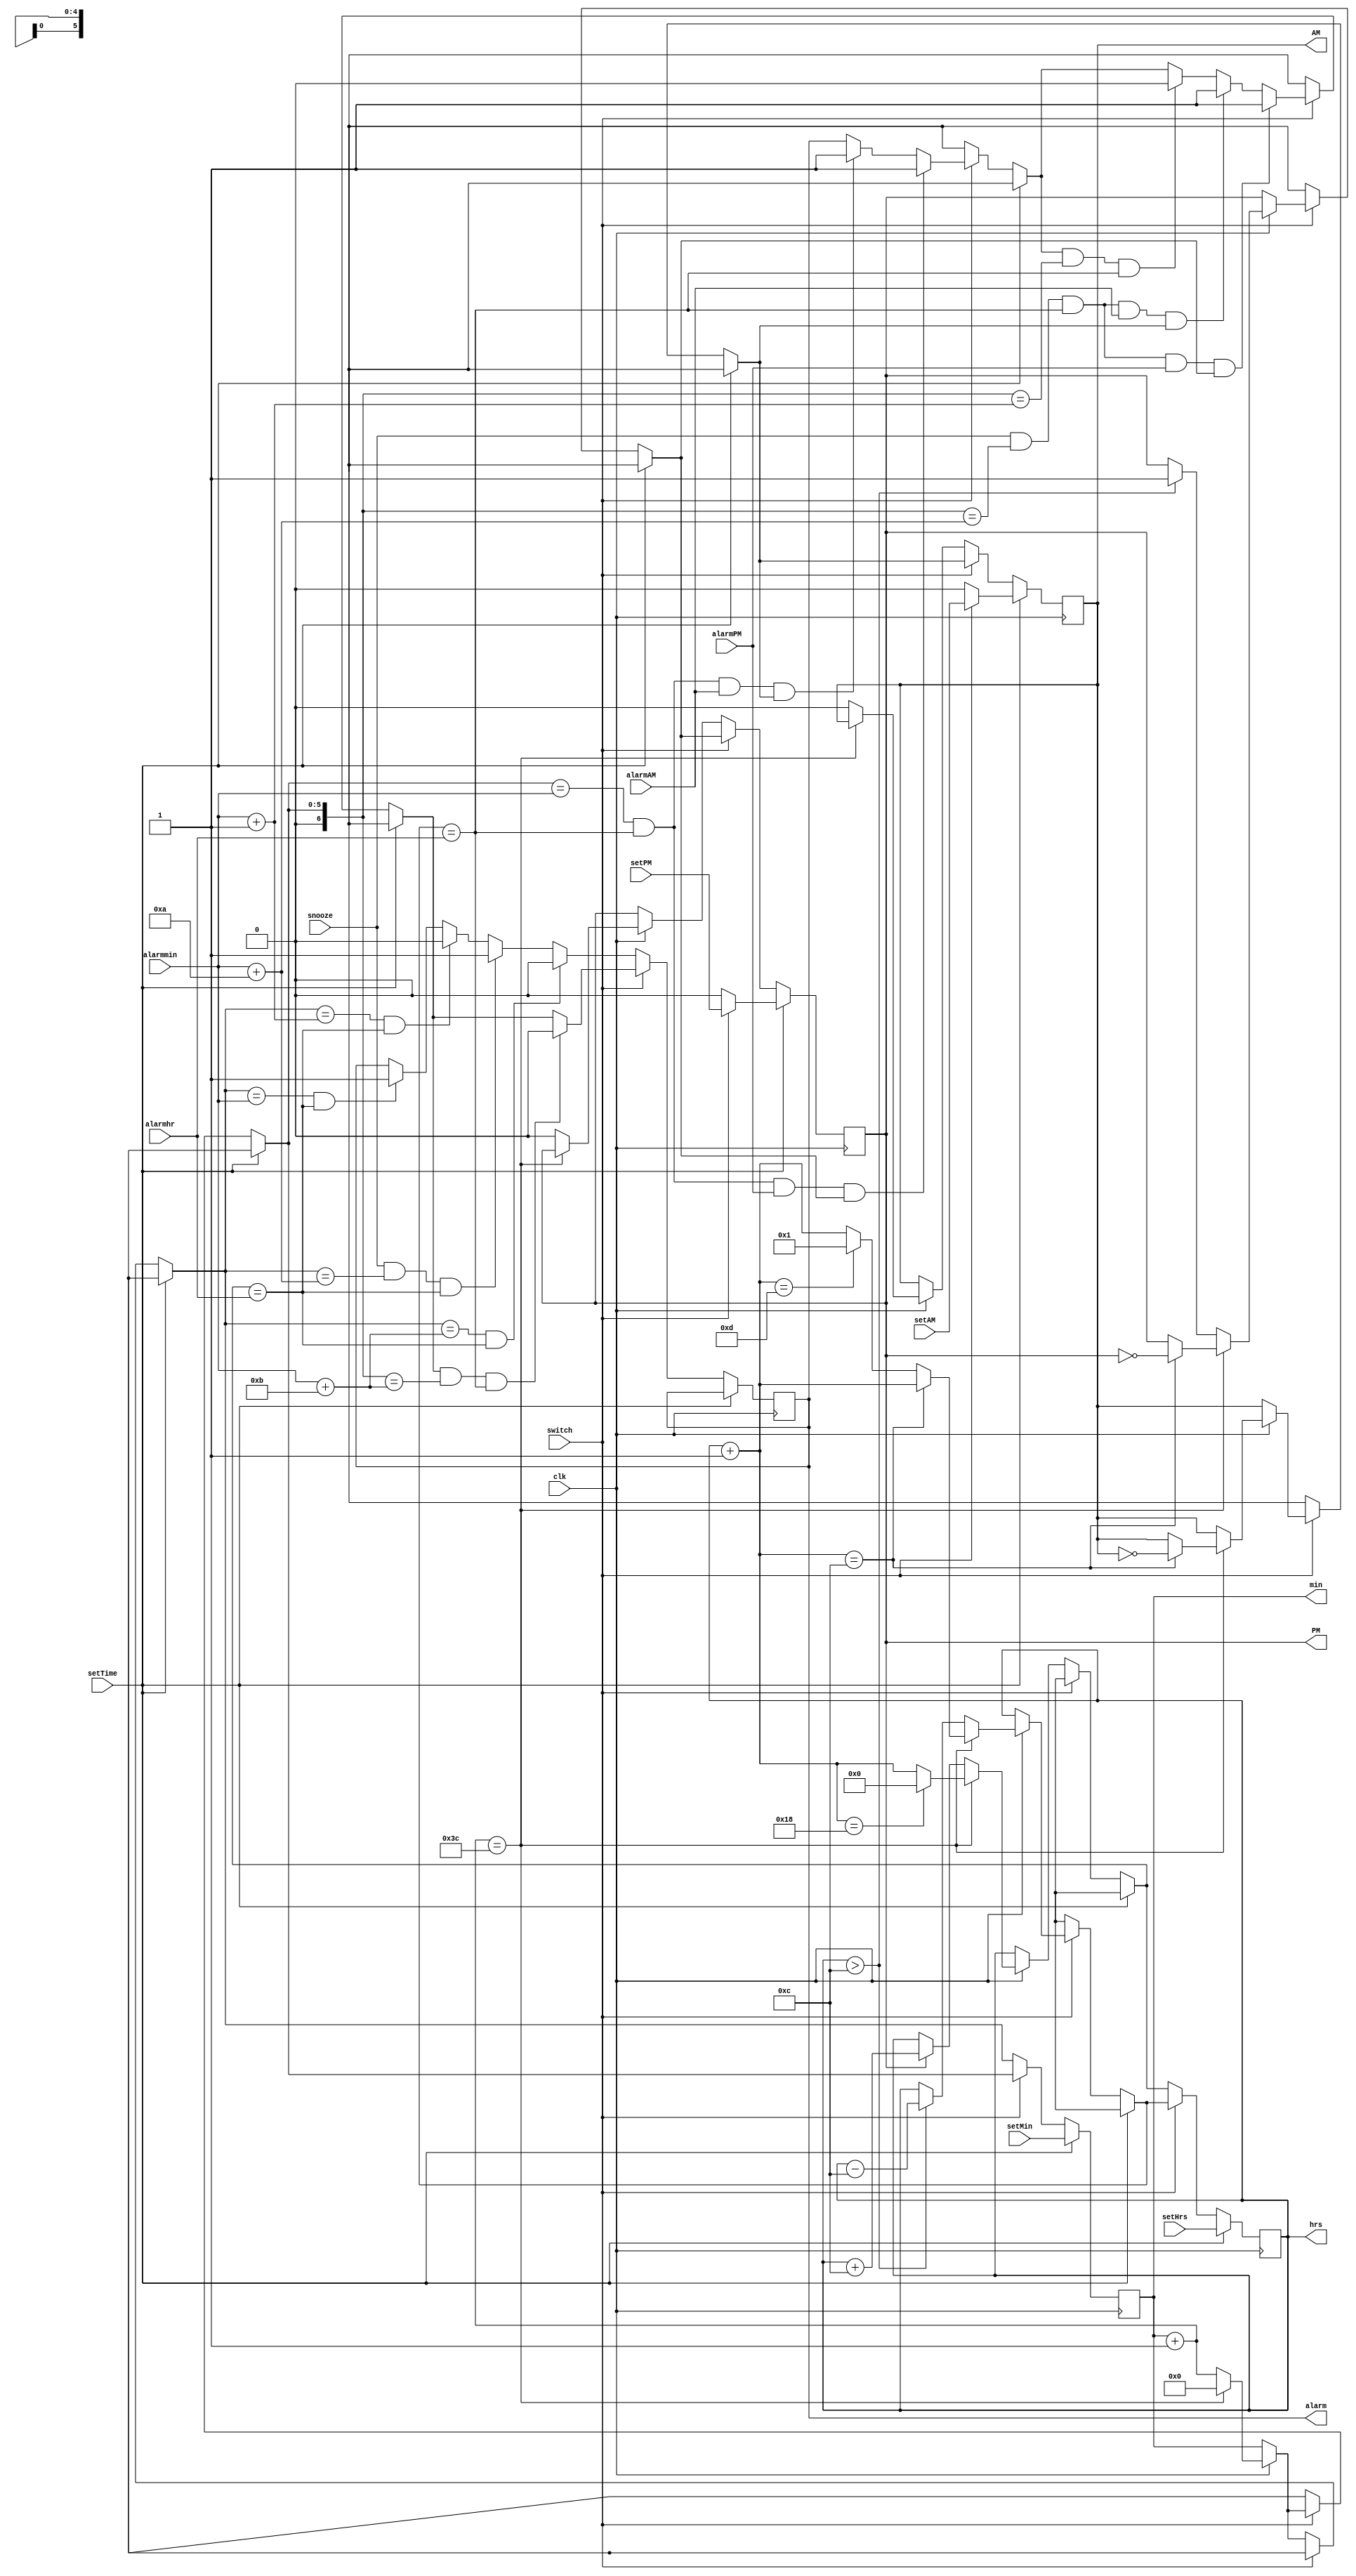
module Advanced_DigitalClock(AM, PM, min, hrs, clk, switch, setTime, setAM, setPM, setMin, setHrs, alarmhr, alarmmin, alarm, alarmPM, alarmAM, snooze);

input clk;
input switch; //Switch between 12- and 24-hour clock

//User input to set the time/alarm
input wire[5:0] setMin;
input wire[4:0] setHrs;
input wire setAM;
input wire setPM;
input setTime;
input [4:0]alarmhr;
input [5:0]alarmmin;
input alarmPM;
input alarmAM;
input snooze;

output reg[5:0] min;
output reg[4:0] hrs;
output reg AM, PM; //LEDs that will light up for 12-hour clock
output reg alarm;

//Initial time
initial begin
min = 6'b000000;
hrs = 5'b00001;
alarm = 1'b0;
AM = 1'b1;
PM = 1'b0;
end

//Digital Clock
always @(posedge clk) begin
   if(setTime) begin //If setTime is 1, the user will set the time
      min = setMin;
      hrs = setHrs;
      if(switch) begin //If user puts switch to 1 they will set AM/PM
	 AM = setAM;
	 PM = setPM;
      end
      else if(~switch) begin //If user set switch to 0 then AM/PM LEDs are off
	 AM = 0;
	 PM = 0;
      end
   end
   else
   if(switch) begin //If switch is 1, its a 12-hour clock
      if(clk) begin
	 min = min + 1;
	 if(min == 60) begin //When minutes reach 59 reset to 0 and increment hour by 1
	    min = 0;
	    hrs = hrs + 1;
	    if(hrs == 12) begin //When the hour is twelve it'll swtich to PM from AM and vice versa
	       AM = ~AM;
	       PM = ~PM;
	    end
	    else if(hrs == 13) begin //When hour is 12 reset to 1
	       hrs = 1;
	    end
	 end
	 else if (hrs > 12) begin //If when switching from 0 to 1 hours is greater than 12
	    hrs = hrs - 12;       //Subtract 12 from the number to get the value for 12-hour clock
	    PM = 1;
	 end
      end
 // alarm for 12h -----------------------------------------------------------------------------------------
      if((min == alarmmin)&&(hrs==alarmhr)&&(alarmPM==1)&&(PM==1))begin // alarm for PM clock
	 alarm = 1;
      end
      else if((min == alarmmin)&&(hrs==alarmhr)&&(alarmAM==1)&&(AM==1))begin // alarm for AM clock
	 alarm = 1;
      end
      if((alarm==1)&&(min == alarmmin+1)&&(hrs==alarmhr))begin //after one minute stop the alarm
	 alarm = 0;
      end  

//snooze the alarm after 10min  -------------------------------------------------------------------------------
      if((snooze==1)&&(min == alarmmin+10)&&(hrs==alarmhr)&&(alarmPM==1)&&(PM==1))begin // snooze for one condiion
	 alarm = 1;
      end
      else if((snooze==1)&&(min == alarmmin+10)&&(hrs==alarmhr)&&(alarmAM==1)&&(AM==1))begin // snooze for another condtition
 	 alarm = 1;
      end
      if((alarm==1)&&(min == alarmmin+11)&&(hrs==alarmhr))begin //after one minute stop the alarm
	 alarm = 0;
      end  
   end
   else if(~switch) begin //If switch is 0, its a 24-hour clock
      if(clk) begin
	 min = min + 1;
	 if(min == 60) begin //When minutes reach 59 reset to 0 and increment hour by 1
	    min = 0;
	    hrs = hrs + 1;
	    if(hrs == 24) begin //When hour is 23 reset to 0
	       hrs = 0;
	    end
	 end
	 else if(PM == 1) begin //When switching from 12-hour clock, if it is PM then 12 must be added
	    hrs = hrs + 12;     //to the hours to remain the same time b/w 12- 24-hour clocks.
	    PM = 0; //Turn of AM/PM LEDs
	    AM = 0;
	 end
	 else if(AM == 1) begin //If switching from 12-hour and it is AM, the hour will be the same
	    hrs = hrs;		 //in 24-hour. Turn off AM/PM LEDs
	    AM = 0;
	    PM = 0;
	 end
      end
   //alarm for 24h -----------------------------------------------------------------------------------------
      if((min == alarmmin)&&(hrs==alarmhr))begin
	 alarm = 1;
      end
      if((min == alarmmin+1)&&(hrs==alarmhr))begin //after one minute stop the alarm
	 alarm = 0;
      end
// snooze the alarm ---------------------------------------------------------------------------
      if((snooze==1)&&(min == alarmmin+10)&&(hrs==alarmhr))begin // snooze for 24 hr
	 alarm = 1;
      end
      if((min == alarmmin+11)&&(hrs==alarmhr))begin //after one minute stop the alarm
	 alarm = 0;
      end
  //-----------------------------------------------------------------------------------------------------------
   end
end

endmodule